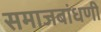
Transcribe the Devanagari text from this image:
समाजबांधणी